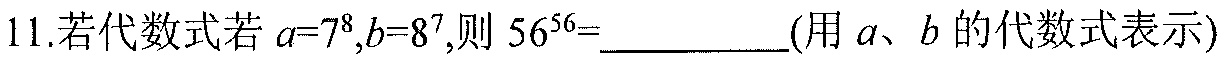
11.若代数式若\(a = 7^{8},b = 8^{7}\)，则\(56^{56}=\underline{\quad\quad}\)(用\(a、b\)的代数式表示)